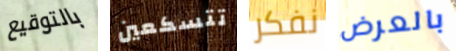
بالتوقيع تتسكعين نفكر بالعرض